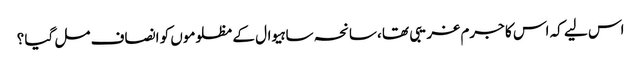
اس لیے کہ اس کا جرم غریبی تھا ،سانحہ ساہیوال کے مظلوموں کو انصاف مل گیا ؟